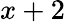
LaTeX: x+2